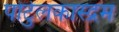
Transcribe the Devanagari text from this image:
पोर्टुलकास्द्रम